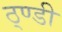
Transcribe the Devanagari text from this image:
ठ्ण्डी